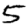
Digit: 5